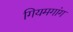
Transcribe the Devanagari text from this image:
गियमगांग